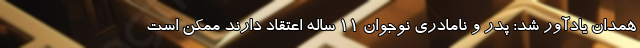
همدان یادآور شد: پدر و نامادری نوجوان ۱۱ ساله اعتقاد دارند ممکن است